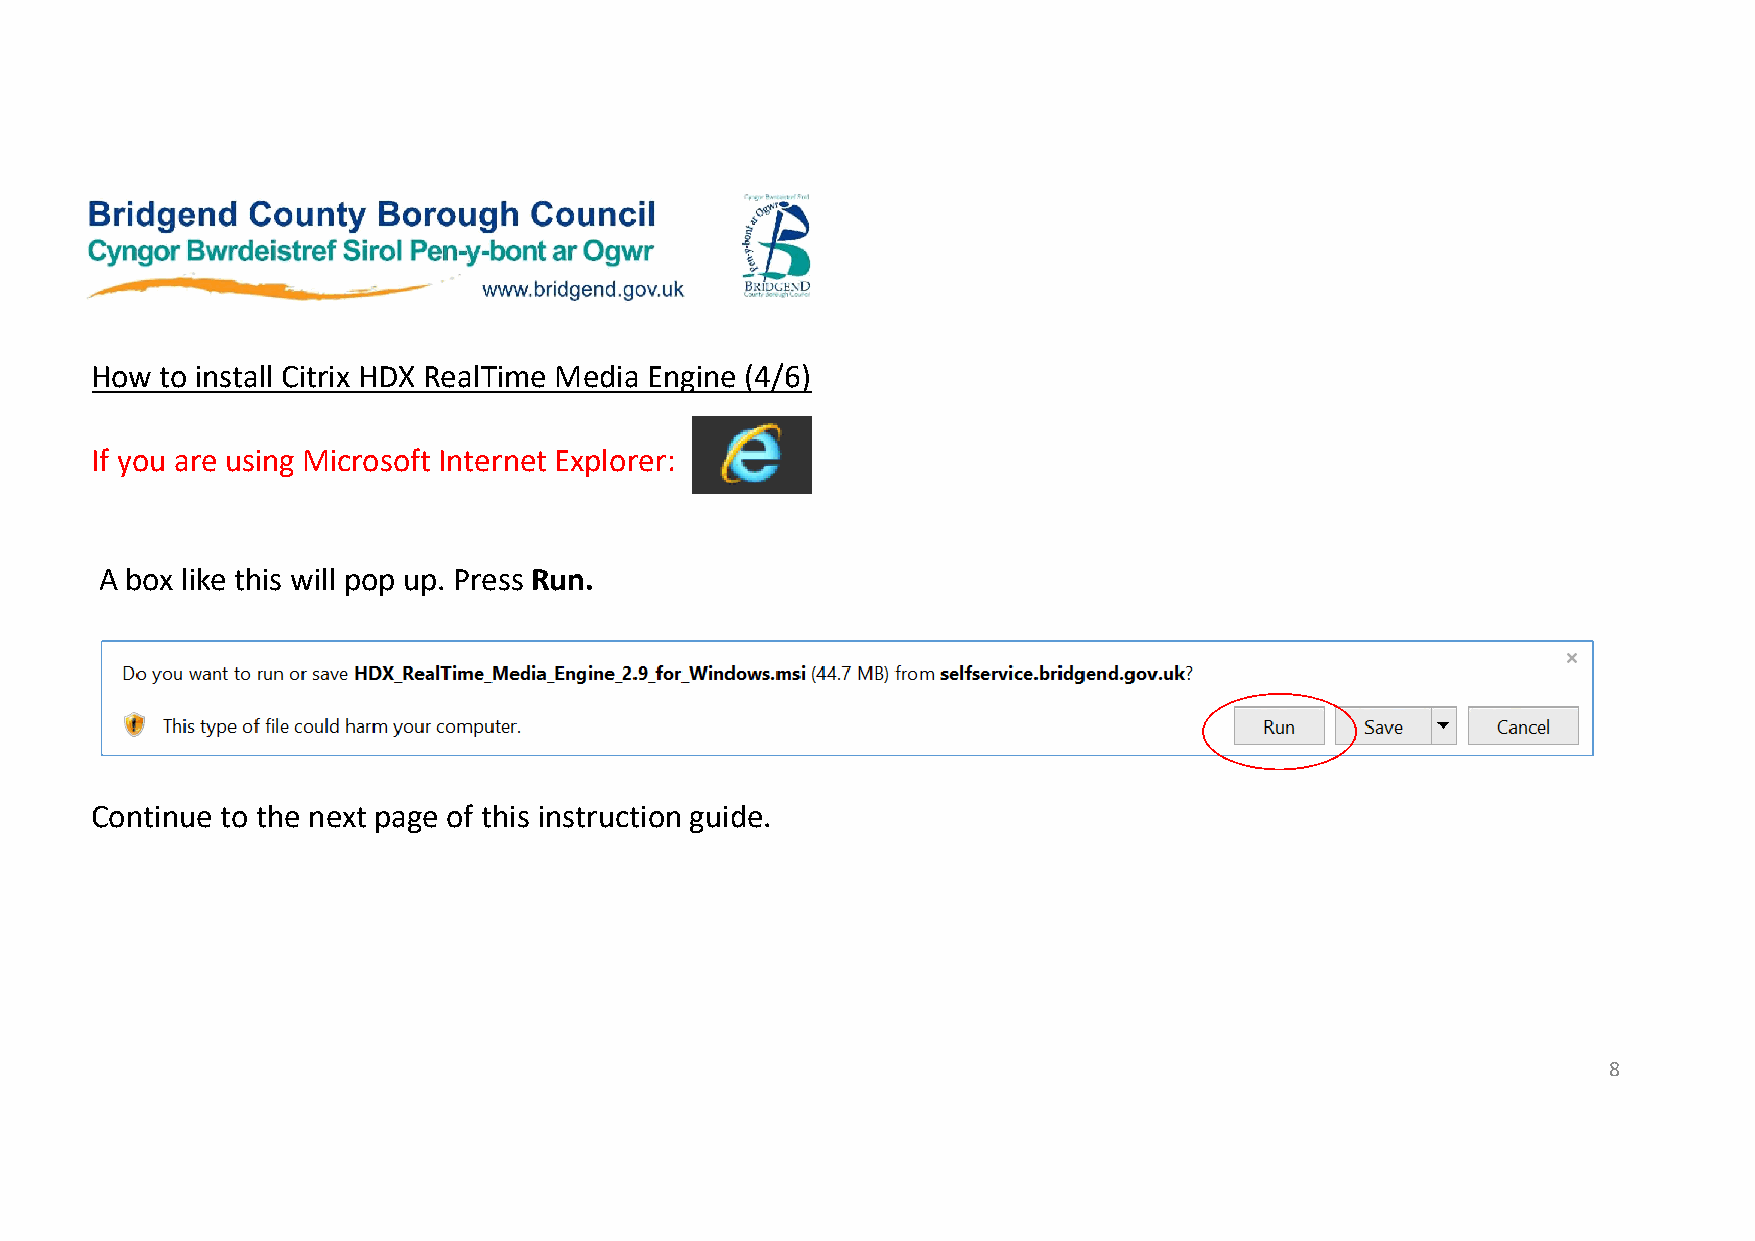
How  to install Citrix HDX RealTime Media Engine (4/6)
 If you are using Microsoft Internet Explorer:
 A box like this will pop up. Press Run.
 Continue to the next page of this instruction guide.
 8